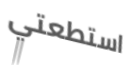
استطعتي